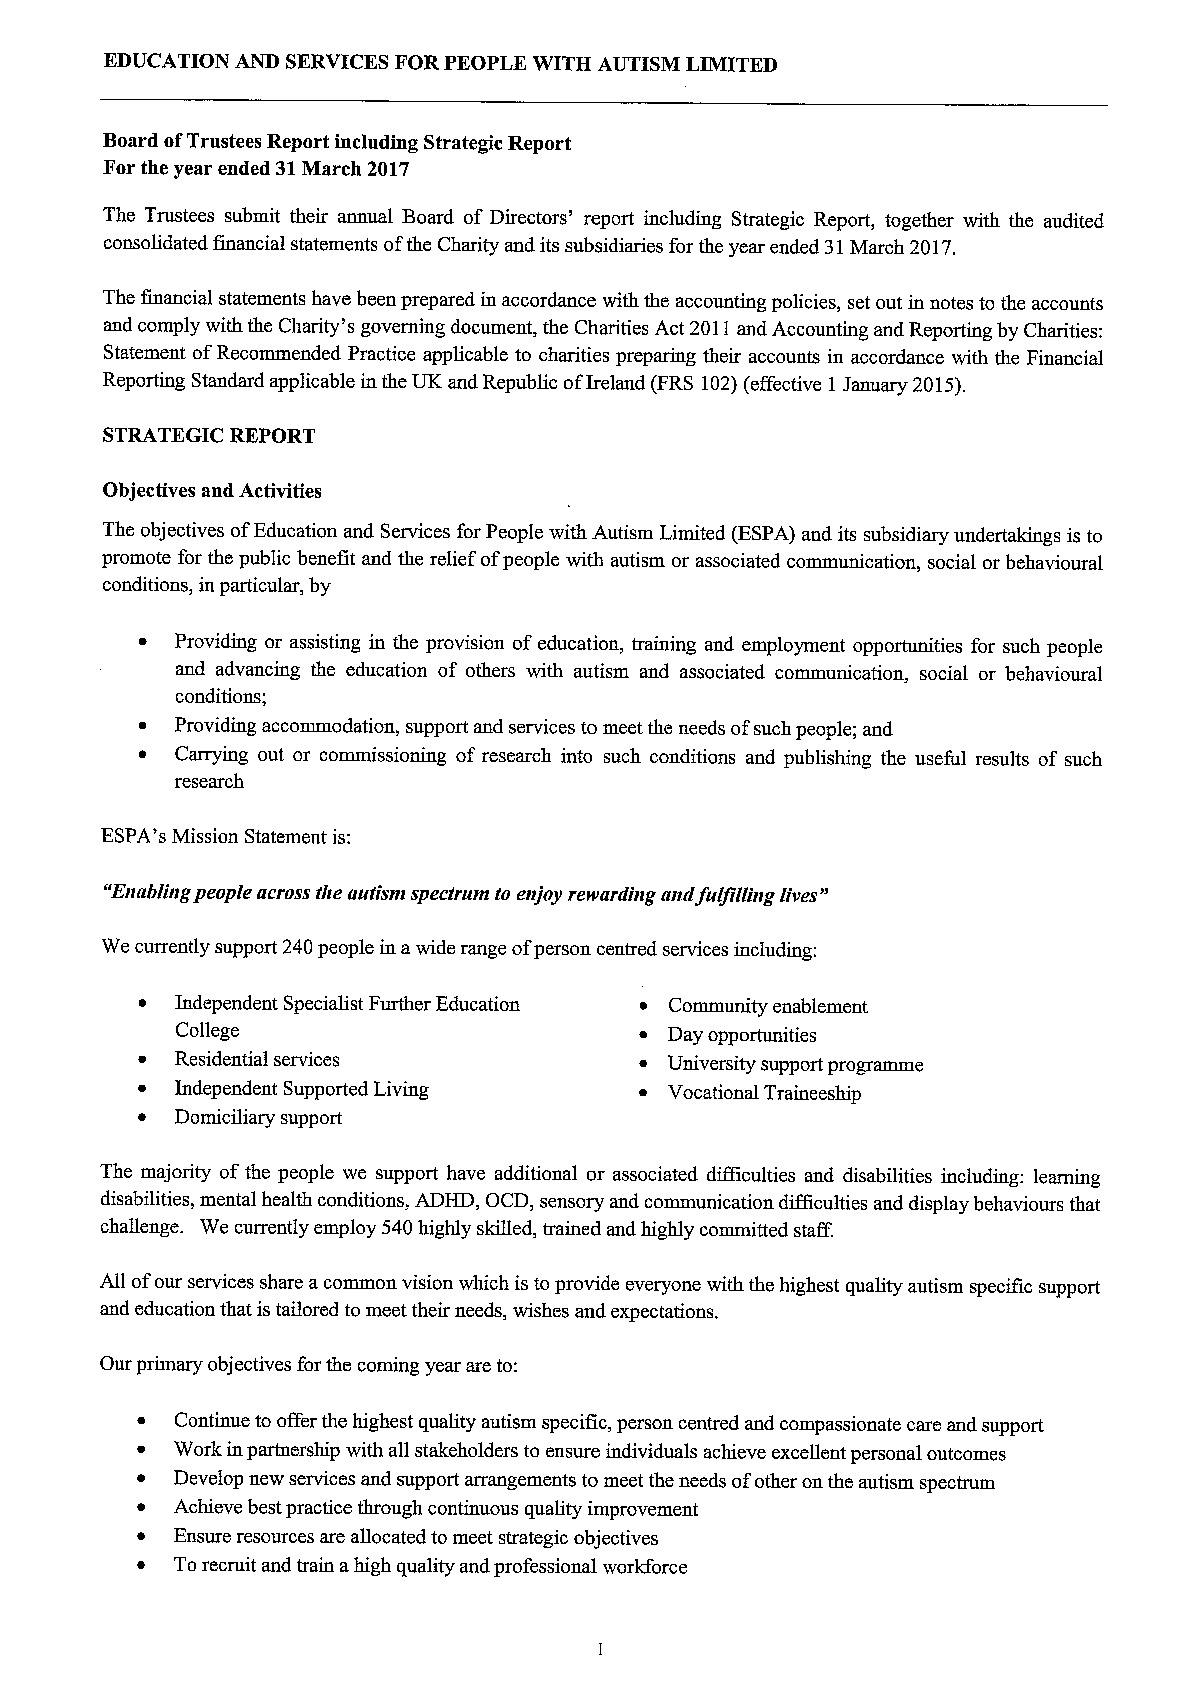
EDUCATION AND SERVICESFORPEOPLE WITH AUTISM LIMITED
 Board ofTrustees Report including Strategic Report
 For the year ended 31March 2017
 The Trustees submit their annual Board of Directors' report including Strategic Report, together with the audited
 consolidated financial statements ofthe Charity and its subsidiaries for the year ended 31March 2017.
 The financial statements have been prepared in accordance with the accounting policies, set out in notes to the accounts
 and comply with the Charity's governing document, the Charities Act 2011and Accounting and Reporting by Charities:
 Statement ofRecommended Practice applicable to charities preparing their accounts in accordance with the Financial
 Reporting Standard applicable in the UK and Republic ofIreland (FRS 102)(effective 1January 2015).
 STRATEGIC REPORT
 Objectives and Activities
 The objectives ofEducation and Services for People with Autism Limited (ESPA) and its subsidiary undertakings is to
 promote for the public benefit and the relief ofpeople with autism or associated communication, social or behavioural
 conditions, in particular, by
 ~  Providing or assisting in the provision ofeducation, training and employment opportunities for such people
 and advancing the education of others with autism and associated communication, social or behavioural
 conditions;
 ~  Providing accommodation, support and services to meet the needs ofsuch people; and
 ~  Carrying out or commissioning of research into such conditions and publishing the useful results of such
 research
 ESPA's Mission Statement is:
 "Enabling people across tbe autism spectrum to enjoy rewarding andfulfilling lives"
 We currently support 240people in awide range ofperson centred services including:
 ~  Independent Specialist Further Education ~ Community enablement
 College                       ~ Day opportunities
 ~  Residential services          ~ University support programme
 ~  Independent Supported Living  ~ Vocational Traineeship
 ~  Domiciliary support
 The majority of the people we support have additional or associated difficulties and disabilities including: learning
 disabilities, mental health conditions, ADHD, OCD, sensory and communication difhculties and display behaviours that
 challenge. We currently employ 540highly skilled, trained and highly committed staff.
 All ofour services share acommon vision which is to provide everyone with the highest quality autism specific support
 and education that istailored to meet their needs, wishes and expectations.
 Our primary objectives for the coming year are to:
 ~  Continue to offer the highest quality autism specific, person centred and compassionate care and support
 ~ Work in partnership with all stakeholders to ensure individuals achieve excellent personal outcomes
 ~ Develop new services and support arrangements to meet the needs ofother on the autism spectrum
 ~ Achieve best practice through continuous quality improvement
 ~  Ensure resources are allocated to meet strategic objectives
 ~  Torecruit and train ahigh quality and professional workforce